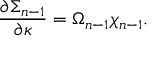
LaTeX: { \frac { \partial \Sigma _ { n - 1 } } { \partial \kappa } } = \Omega _ { n - 1 } \chi _ { n - 1 } .